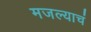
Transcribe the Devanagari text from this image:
मजल्याचं